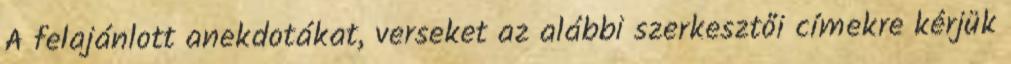
A felajánlott anekdotákat, verseket az alábbi szerkesztői címekre kérjük